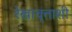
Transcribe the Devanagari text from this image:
रेखावृत्ताशी